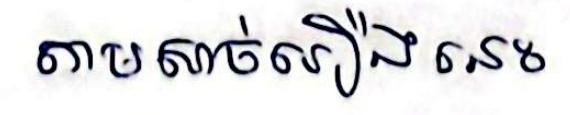
តាមសាច់រឿងនេះ